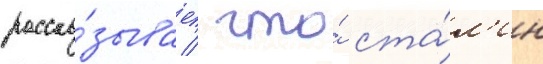
расска́зывает / что́ ста́л'ин